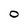
Character: O